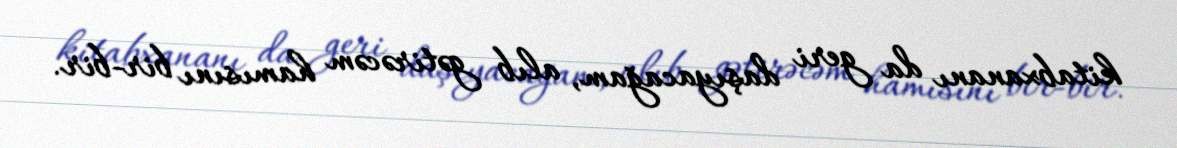
kitabxananı da geri daşıyacağam, alıb gətirəcəm hamısını bir-bir.